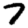
Digit: 7